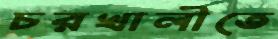
চরখালীতে